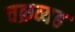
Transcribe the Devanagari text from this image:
चक्रव्यह